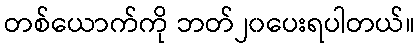
တစ်ယောက်ကို ဘတ်၂၀ပေးရပါတယ်။